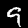
Digit: 9